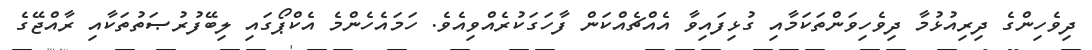
ދިވެހިންގެ ދިރިއުޅުމާ ދިވެހިވަންތަކަމާއި ގުޅިފައިވާ އެއްޗެއްކަން ފާހަގަކުރެއްވިއެވެ. ހަމައެހެންމެ އެކްޕޯގައި ލިބޭފުރުޞަތުތަކާއި ރާއްޖޭގެ